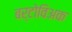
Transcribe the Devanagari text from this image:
बर्टोविअक